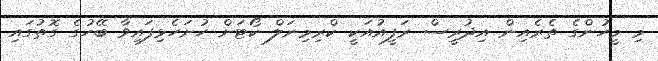
މި މީހުންގެ ތެރެއިން އިދުރީސް ރަފީއުއަކީ ކްރިމިނަލް ކޯޓަށް ހުށަހެޅިފައިވާ ބޭހުގެ ގޮތުގައި